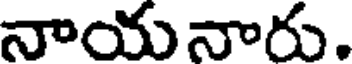
నాయనారు.